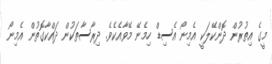
މީގެ އިތުރުން ދޮންކޭލަކީ އެމިނޯ އެސިޑް ހިމެނޭ މޭވާއެކެވެ. ދިރާސާތަކުން ދައްކާގޮތުން އެމިނޯ